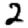
Digit: 2